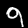
Digit: 9